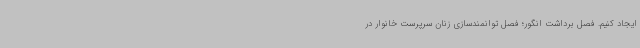
ایجاد کنیم. فصل برداشت انگور؛ فصل توانمندسازی زنان سرپرست خانوار در